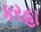
કરહા